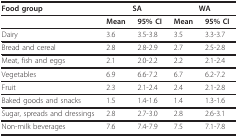
<table><thead><tr><td><b>Food group</b></td><td colspan="2"><b>SA</b></td><td colspan="2"><b>WA</b></td></tr></thead><tbody><tr><td></td><td><b>Mean</b></td><td><b>95% CI</b></td><td><b>Mean</b></td><td><b>95% CI</b></td></tr><tr><td>Dairy</td><td>3.6</td><td>3.5-3.8</td><td>3.5</td><td>3.3-3.7</td></tr><tr><td>Bread and cereal</td><td>2.8</td><td>2.8-2.9</td><td>2.7</td><td>2.5-2.8</td></tr><tr><td>Meat, fish and eggs</td><td>2.1</td><td>2.0-2.2</td><td>2.2</td><td>2.1-2.4</td></tr><tr><td>Vegetables</td><td>6.9</td><td>6.6-7.2</td><td>6.7</td><td>6.2-7.2</td></tr><tr><td>Fruit</td><td>2.3</td><td>2.1-2.4</td><td>2.4</td><td>2.1-2.8</td></tr><tr><td>Baked goods and snacks</td><td>1.5</td><td>1.4-1.6</td><td>1.4</td><td>1.3-1.6</td></tr><tr><td>Sugar, spreads and dressings</td><td>2.8</td><td>2.7-3.0</td><td>2.8</td><td>2.6-3.1</td></tr><tr><td>Non-milk beverages</td><td>7.6</td><td>7.4-7.9</td><td>7.5</td><td>7.1-7.8</td></tr></tbody></table>